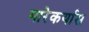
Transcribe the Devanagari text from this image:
मारेकर्यास